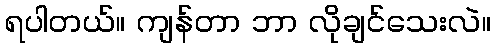
ရပါတယ်။ ကျန်တာ ဘာ လိုချင်သေးလဲ။